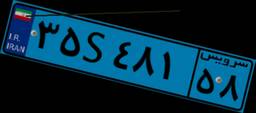
۹۹S۴۱۹۸۸